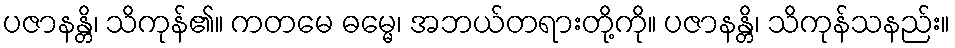
ပဇာနန္တိ၊ သိကုန်၏။ ကတမေ ဓမ္မေ၊ အဘယ်တရားတို့ကို။ ပဇာနန္တိ၊ သိကုန်သနည်း။